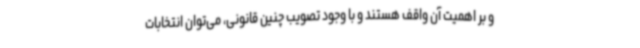
و بر اهمیت آن واقف هستند و با وجود تصویب چنین قانونی، می‌توان انتخابات